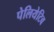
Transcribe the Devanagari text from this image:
पेलियेटिव